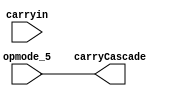
`timescale 1ns / 1ps
module Mux_Carry_In #(parameter CARRYINSEL = "OPMODE5")
(
    input opmode_5,carryin,
    output carryCascade
);

assign carryCascade = CARRYINSEL=="OPMODE5"?opmode_5:CARRYINSEL=="CARRYIN"?carryin:1'b0;

endmodule